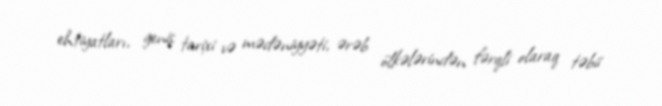
ehtiyatları, geniş tarixi və mədəniyyəti, ərəb ölkələrindən fərqli olaraq təbii